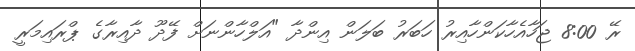
ރޭ 8:00 ޖަހާއެހާކަންހާއިރު ހަބަރު ބަލަން އިންދާ "އަލްހާންނަށް ފޭދޫ ދާއިރާގެ ޕްރައިމަރީ